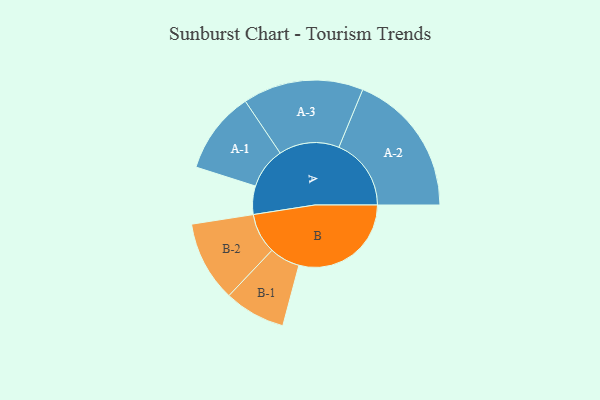
{"axis": {"x": "Segment", "y": "Value"}, "legend": ["", "A", "B"], "data": [{"x": "A", "y": 102, "type": ""}, {"x": "B", "y": 404, "type": ""}, {"x": "A-1", "y": 148, "type": "A"}, {"x": "A-2", "y": 260, "type": "A"}, {"x": "A-3", "y": 217, "type": "A"}, {"x": "B-1", "y": 110, "type": "B"}, {"x": "B-2", "y": 145, "type": "B"}]}